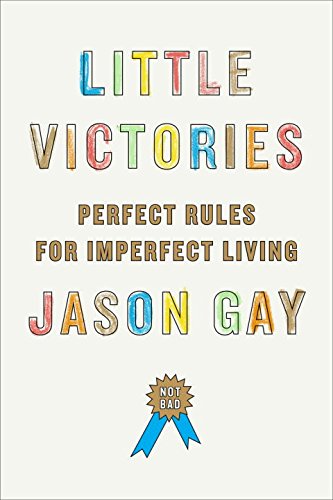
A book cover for Little Victories: Perfect Rules for Imperfect Living; Jason Gay; Humor & Entertainment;